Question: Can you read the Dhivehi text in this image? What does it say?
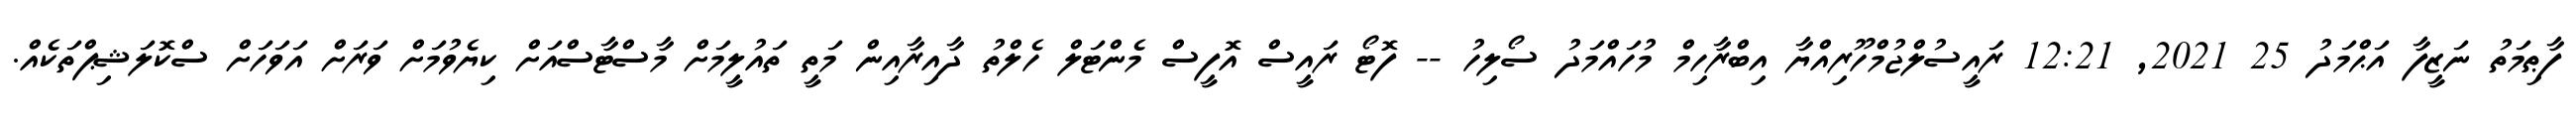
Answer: ފާޠިމަތު ނަޒީފާ އަޙްމަދު 25 2021, 12:21 ރައީސުލްޖުމްހޫރިއްޔާ އިބްރާހިމް މުހައްމަދު ސޯލިހު -- ފޮޓޯ ރައީސް އޮފީސް މެންޓަލް ހެލްތު ދާއިރާއިން މަތީ ތައުލީމަށް މާސްޓާސްއަށް ކިޔެވުމަށް ވަރަށް އަވަހަށް ސްކޮލަޝިޕްތަކެއް.